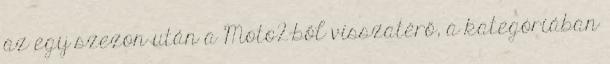
az egy szezon után a Moto2-ből visszatérő, a kategóriában